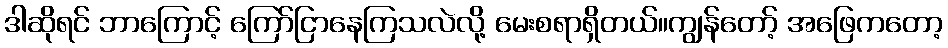
ဒါဆိုရင် ဘာကြောင့် ကြော်ငြာနေကြသလဲလို့ မေးစရာရှိတယ်။ကျွန်တော့် အဖြေကတော့